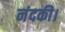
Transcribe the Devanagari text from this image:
नंदकी।